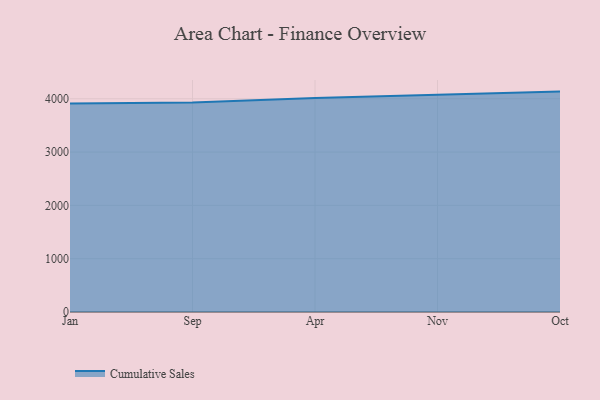
{"axis": {"x": "Month", "y": "Humidity (%)"}, "legend": ["Cumulative Sales"], "data": [{"x": "Jan", "y": 3912.1, "type": "Cumulative Sales"}, {"x": "Sep", "y": 3931.3, "type": "Cumulative Sales"}, {"x": "Apr", "y": 4014.0, "type": "Cumulative Sales"}, {"x": "Nov", "y": 4073.3, "type": "Cumulative Sales"}, {"x": "Oct", "y": 4134.7, "type": "Cumulative Sales"}]}